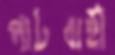
পাটবাহী